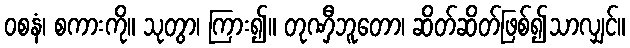
ဝစနံ၊ စကားကို။ သုတွာ၊ ကြား၍။ တုဏှီဘူတော၊ ဆိတ်ဆိတ်ဖြစ်၍သာလျှင်။